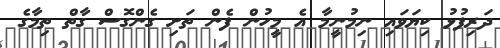
ދަރިފުޅު ކިޔަވައި ނިމުނީމާ އެ މީހުން ފެން ތަށި ގެންގޮސް ގާތް ތިމާގެ